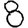
Digit: 8